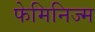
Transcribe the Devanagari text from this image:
फेमिनिज्म